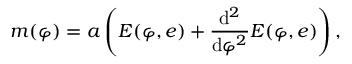
m ( \varphi ) = a \left( E ( \varphi , e ) + { \frac { \mathrm { d } ^ { 2 } } { \mathrm { d } \varphi ^ { 2 } } } E ( \varphi , e ) \right) ,